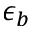
\epsilon _ { b }